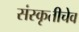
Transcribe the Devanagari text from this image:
संस्कृतीचेव